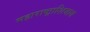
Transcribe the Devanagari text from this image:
महाराष्ट्राशिवाय